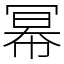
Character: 幂